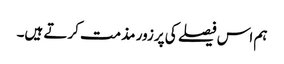
ہم اس فیصلے کی پرزور مذمت کرتے ہیں۔